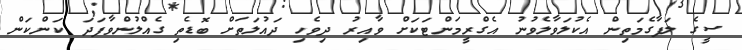
ސީގެ ލަފާގެމަތިން އެކުލަވާލެވުނު އެގްރީމަންޓަކަށް ވާއިރު ދިވެހި ދައުލަތަށް ބޮޑެތި ގެއްލުންވާފަދަ ކަންކަން